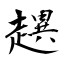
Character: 趩